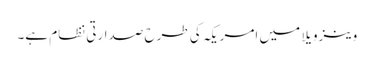
وینزویلا میں امریکہ کی طرح صدارتی نظام ہے۔